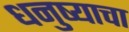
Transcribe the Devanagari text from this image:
धनुष्याचा